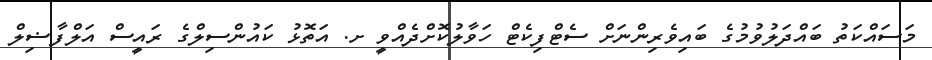
މަސައްކަތު ބައްދަލުވުމުގެ ބައިވެރިންނަށް ސެޓްފިކެޓް ހަވާލުކޮށްދެއްވީ ށ. އަތޮޅު ކައުންސިލްގެ ރައީސް އަލްފާޟިލް